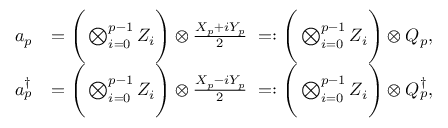
\begin{array} { r l } { a _ { p } } & { = \Bigg ( \bigotimes _ { i = 0 } ^ { p - 1 } Z _ { i } \Bigg ) \otimes \frac { X _ { p } + i Y _ { p } } { 2 } ~ = : \Bigg ( \bigotimes _ { i = 0 } ^ { p - 1 } Z _ { i } \Bigg ) \otimes Q _ { p } , } \\ { a _ { p } ^ { \dagger } } & { = \Bigg ( \bigotimes _ { i = 0 } ^ { p - 1 } Z _ { i } \Bigg ) \otimes \frac { X _ { p } - i Y _ { p } } { 2 } ~ = : \Bigg ( \bigotimes _ { i = 0 } ^ { p - 1 } Z _ { i } \Bigg ) \otimes Q _ { p } ^ { \dagger } , } \end{array}